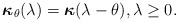
\begin{align*}\boldsymbol{\kappa}_\theta(\lambda) = \boldsymbol{\kappa}(\lambda -\theta ), \lambda\geq 0.\end{align*}